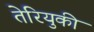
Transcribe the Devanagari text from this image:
तेरियुकी